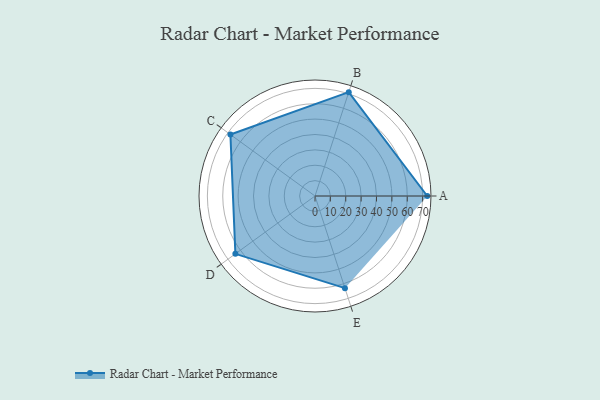
{"axis": {"x": "Skill", "y": "Score"}, "legend": ["Profile"], "data": [{"x": "A", "y": 73.0, "type": "Profile"}, {"x": "B", "y": 71.0, "type": "Profile"}, {"x": "C", "y": 68.0, "type": "Profile"}, {"x": "D", "y": 64.0, "type": "Profile"}, {"x": "E", "y": 63.0, "type": "Profile"}]}